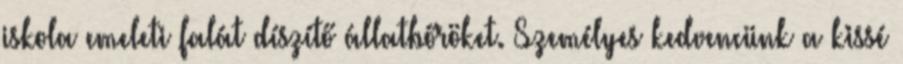
iskola emeleti falát díszítő állatbőröket. Személyes kedvencünk a kissé